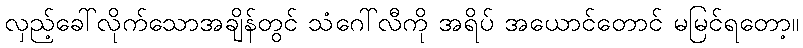
လှည့်ခေါ်လိုက်သောအချိန်တွင် သံဂေါ်လီကို အရိပ် အယောင်တောင် မမြင်ရတော့။